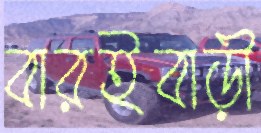
বারইবাড়ী